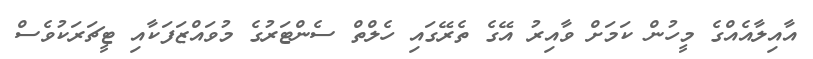
އާއިލާއެއްގެ މީހުން ކަމަށް ވާއިރު އޭގެ ތެރޭގައި ހެލްތް ސެންޓަރުގެ މުވައްޒަފަކާއި ޓީޗަރަކުވެސް